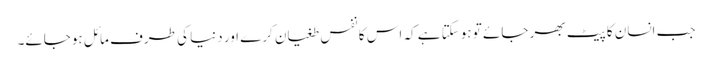
جب انسان کا پیٹ بھر جائے تو ہوسکتا ہے کہ اس کا نفس طغیان کرے اور دنیا کی طرف مائل ہوجائے۔